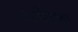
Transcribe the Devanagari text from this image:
अमेरका